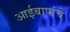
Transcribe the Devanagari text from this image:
आईबापांचे